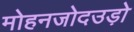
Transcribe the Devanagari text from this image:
मोहनजोदउड़ो